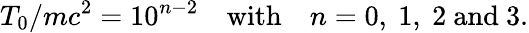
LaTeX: T_{0}/mc^{2}=10^{n-2}\quad\mathrm{with}\quad n=0,~1,~2\mathrm{~and~}3.